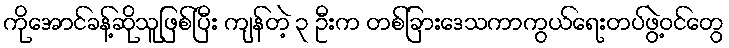
ကိုအောင်ခန့်ဆိုသူဖြစ်ပြီး ကျန်တဲ့ ၃ ဦးက တစ်ခြားဒေသကာကွယ်ရေးတပ်ဖွဲ့ဝင်တွေ